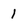
Character: 1